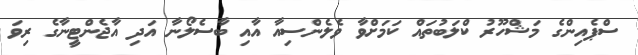
ސްޕެއިންގެ މަޝްހޫރު ކްލަބުތައް ކަމަށްވާ ވެލެންސިއާ އާއި ބާސެލޯނާ އަދި އާޖެންޓީނާގެ ރިވަ